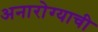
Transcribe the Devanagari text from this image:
अनारोग्याची